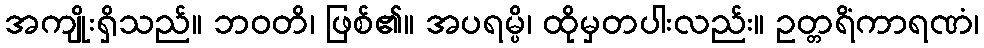
အကျိုးရှိသည်။ ဘဝတိ၊ ဖြစ်၏။ အပရမ္ပိ၊ ထိုမှတပါးလည်း။ ဥတ္တရိံကာရဏံ၊